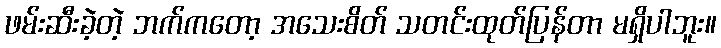
ဖမ်းဆီးခဲ့တဲ့ ဘက်ကတော့ အသေးစိတ် သတင်းထုတ်ပြန်တာ မရှိပါဘူး။